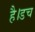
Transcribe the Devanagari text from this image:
है।डच